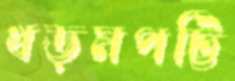
খড়মপট্টি